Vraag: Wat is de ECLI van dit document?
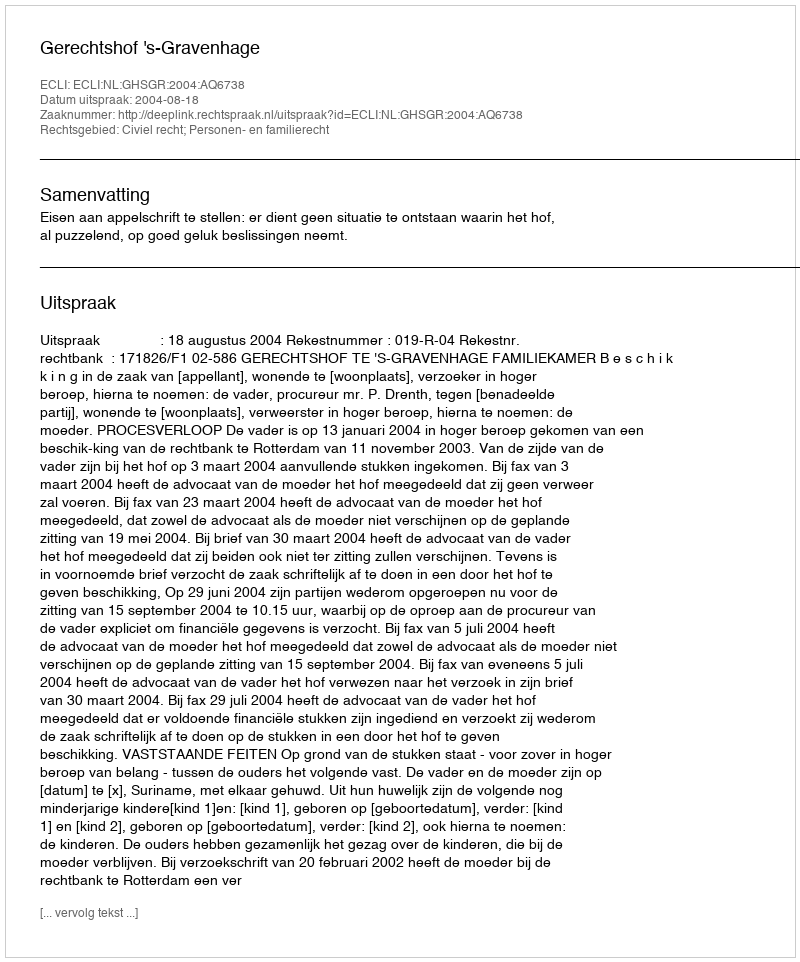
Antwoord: ECLI:NL:GHSGR:2004:AQ6738